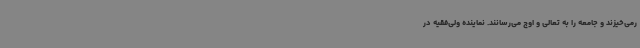
رمی‌خیزند و جامعه را به تعالی و اوج می‌رسانند. نماینده ولی‌فقیه در